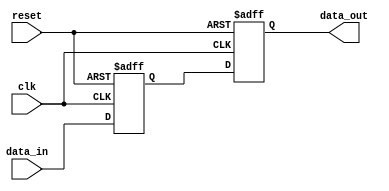
module inverter_delay(
    input wire clk,
    input wire reset,
    input wire data_in,
    output reg data_out
);

reg delayed_data;

// Timing control block
always @ (posedge clk or posedge reset) begin
    if (reset) begin
        delayed_data <= 1'b0;
    end else begin
        delayed_data <= data_in;
    end
end

// Synchronization block
always @ (posedge clk or posedge reset) begin
    if (reset) begin
        data_out <= 1'b0;
    end else begin
        data_out <= delayed_data;
    end
end

endmodule